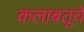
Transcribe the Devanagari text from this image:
कलाबतूचे